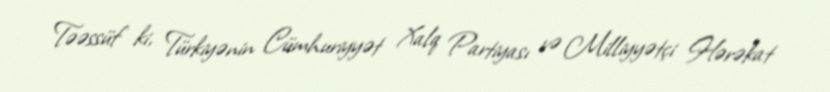
Təəssüf ki, Türkiyənin Cümhuriyyət Xalq Partiyası və Milliyyətçi Hərəkat